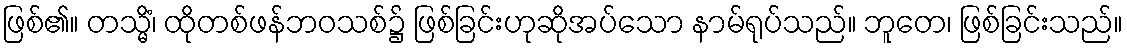
ဖြစ်၏။ တသ္မိံ၊ ထိုတစ်ဖန်ဘဝသစ်၌ ဖြစ်ခြင်းဟုဆိုအပ်သော နာမ်ရုပ်သည်။ ဘူတေ၊ ဖြစ်ခြင်းသည်။